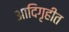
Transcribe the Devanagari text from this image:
आदिगृहीत